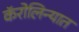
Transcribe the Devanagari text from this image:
कॅरोलिन्यात